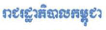
រាជរដ្ឋាភិបាលកម្ពុជា